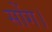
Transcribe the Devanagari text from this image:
सोंग।